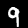
Digit: 9